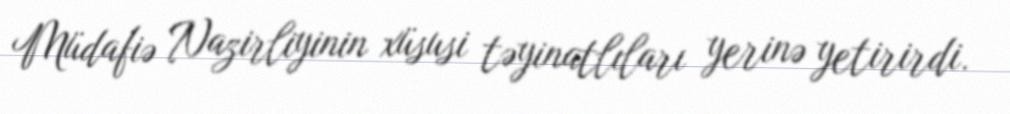
Müdafiə Nazirliyinin xüsusi təyinatlıları yerinə yetirirdi.